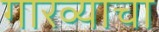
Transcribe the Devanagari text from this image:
गारव्याचा